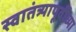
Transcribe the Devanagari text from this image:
स्वातंत्र्यापूर्वीच्या